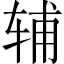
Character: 辅